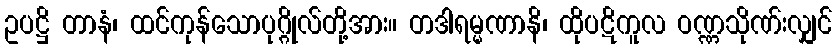
ဥပဋ္ဌိ တာနံ၊ ထင်ကုန်သောပုဂ္ဂိုလ်တို့အား။ တဒါရမ္မဏာနိ၊ ထိုပဋိကူလ ဝဏ္ဏသိုဏ်းလျှင်